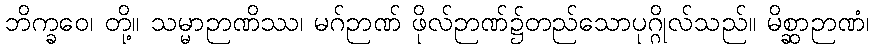
ဘိက္ခဝေ၊ တို့။ သမ္မာဉာဏိဿ၊ မဂ်ဉာဏ် ဖိုလ်ဉာဏ်၌တည်သောပုဂ္ဂိုလ်သည်။ မိစ္ဆာဉာဏံ၊